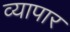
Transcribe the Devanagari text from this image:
व्यापार